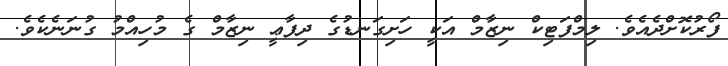
ފޯރުކޮށްދެއެވެ. ލިމްފަޓިކް ނިޒާމް އަކީ ހަށިގަނޑުގެ ދިފާޢީ ނިޒާމް ގެ މުހިއްމު ގުނަނެކެވެ.